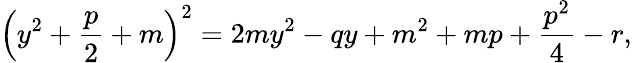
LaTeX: \left(y^{2}+{\frac{p}{2}}+m\right)^{2}=2my^{2}-qy+m^{2}+mp+{\frac{p^{2}}{4}}-r,